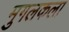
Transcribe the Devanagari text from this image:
मुगलकला